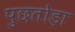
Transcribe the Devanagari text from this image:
पुछतोड़ा